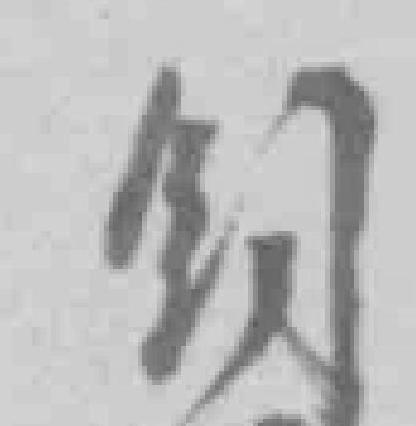
*